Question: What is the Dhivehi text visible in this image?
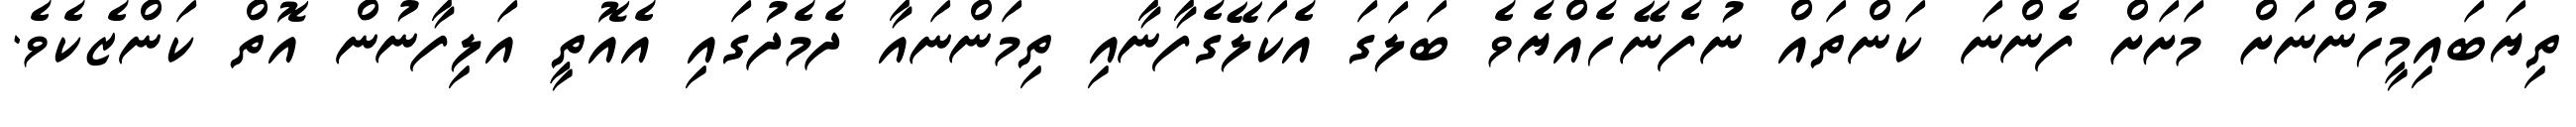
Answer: ތިޔަބައިމީހުންނަށް މަށަށް ފެންނަ ކަންތައް ނުފެނޭހެއްޔެވެ ބަލަގަ އެކަލޭގެފާނާއި ތިމަންނައާ ދެމެދުގައި އެއޮތީ އަލިފާނުން އޮތް ކަންޒެކެވެ.